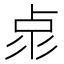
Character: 𠧳